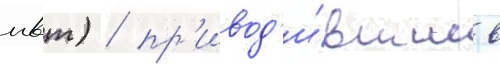
мвт) / пр'ивод'и́вшие в